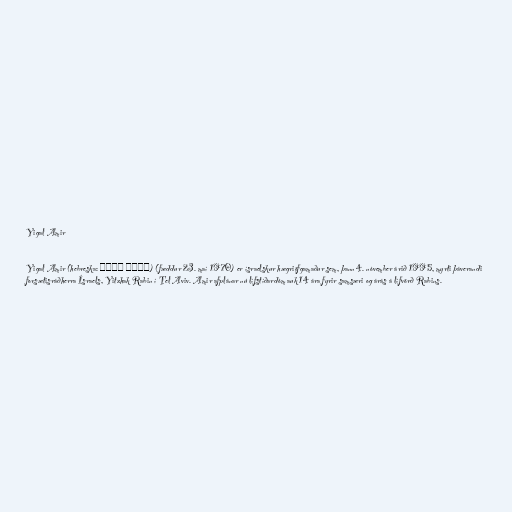
Yigal Amir

Yigal Amir (hebreska: יגאל עמיר) (fæddur 23. maí 1970) er ísraelskur hægriöfgamaður sem, þann 4. nóvember árið 1995, myrti þáverandi
forsætisráðherra Ísraels, Yitzhak Rabin í Tel Aviv. Amir afplánar nú lífstíðardóm auk 14 ára fyrir samsæri og árás á lífvörð Rabins.